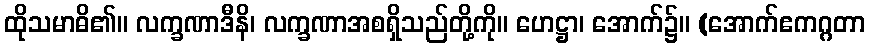
ထိုသမာဓိ၏။ လက္ခဏာဒီနိ၊ လက္ခဏာအစရှိသည်တို့ကို။ ဟေဋ္ဌာ၊ အောက်၌။ (အောက်ဧကဂ္ဂတာ